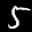
Label: 5